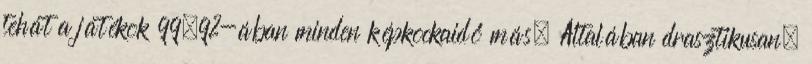
tehát a játékok 99.9%-ában minden képkockaidő más. Általában drasztikusan,